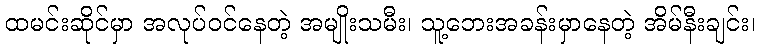
ထမင်းဆိုင်မှာ အလုပ်ဝင်နေတဲ့ အမျိုးသမီး၊ သူ့ဘေးအခန်းမှာနေတဲ့ အိမ်နီးချင်း၊